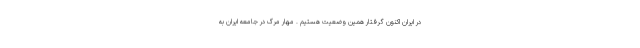
در ایران اکنون گرفتار همین وضعیت هستیم . مهار مرگ در جامعه ایران به